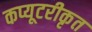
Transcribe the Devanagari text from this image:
कप्यूटरीकृत